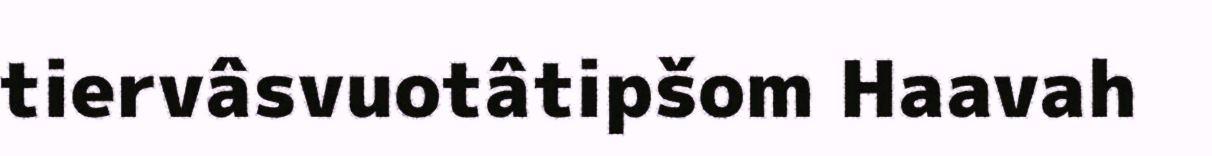
tiervâsvuotâtipšom Haavah